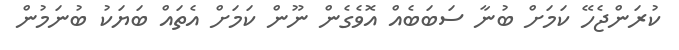
ކުރަންޖެހޭ ކަމަށް ބުނާ ސަބަބެއް އޮވެގެން ނޫން ކަމަށް އެތައް ބަޔަކު ބުނަމުން